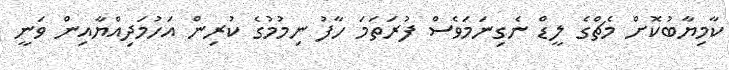
ކާމިޔާބުކޮށް މެޗްގެ ލީޑް ނެގިނަމަވެސް ފުރަތަމަ ހާފު ނިމުމުގެ ކުރިން އަހުމަދިއްޔާއިން ވަނީ